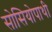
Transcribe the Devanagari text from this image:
सोसियोपाथी